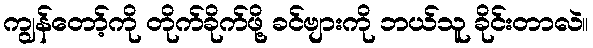
ကျွန်တော့်ကို တိုက်ခိုက်ဖို့ ခင်ဗျားကို ဘယ်သူ ခိုင်းတာလဲ။